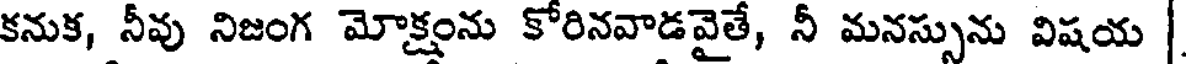
కనుక, నీవు నిజంగ మోక్షంను కోరినవాడవైతే, నీ మనస్సును విషయ |